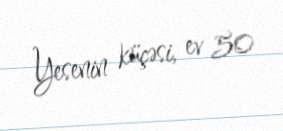
Yesenin küçəsi, ev 50